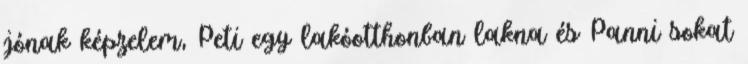
jónak képzelem, Peti egy lakóotthonban lakna és Panni sokat